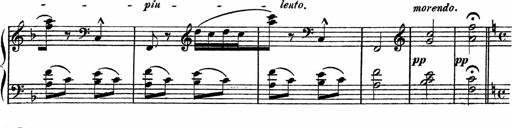
Title: Piano Sonatinas
Composer: Charles Fradel